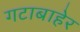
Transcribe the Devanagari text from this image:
गटाबाहेर